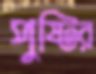
পুষ্টির